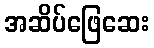
အဆိပ်ဖြေဆေး